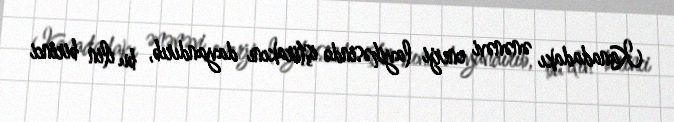
Kanadadakı ənənəvi enerji layihəsində iştirakını dayandırıb, bu ilin birinci